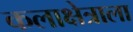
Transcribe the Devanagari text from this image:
कलाक्षेत्राला